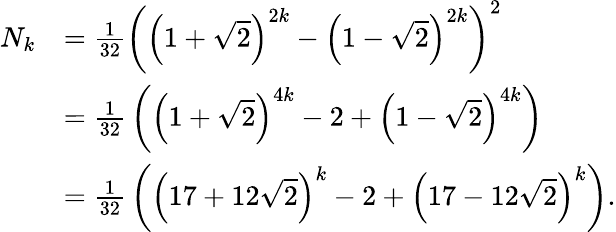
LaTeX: {\begin{array}{rl}{N_{k}}&{={\frac{1}{32}}\left(\left(1+{\sqrt{2}}\right)^{2k}-\left(1-{\sqrt{2}}\right)^{2k}\right)^{2}}\\ &{={\frac{1}{32}}\left(\left(1+{\sqrt{2}}\right)^{4k}-2+\left(1-{\sqrt{2}}\right)^{4k}\right)}\\ &{={\frac{1}{32}}\left(\left(17+12{\sqrt{2}}\right)^{k}-2+\left(17-12{\sqrt{2}}\right)^{k}\right).}\end{array}}